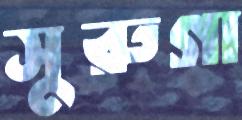
সুরুগা